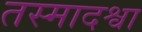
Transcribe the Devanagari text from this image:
तस्मादश्वा